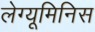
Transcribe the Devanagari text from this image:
लेग्यूमिनिस